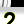
Digit: 2